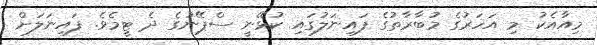
މިއާއެކު މި އަހަރުގެ މުބާރާތުގެ ފައިނަލުގައި ކުޅޭނީ ސްޕޭނުގެ ދެ ޓީމެވެ. ފައިނަލަށް